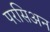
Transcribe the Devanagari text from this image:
परसिअन